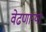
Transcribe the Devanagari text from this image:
वेढणार्‍या